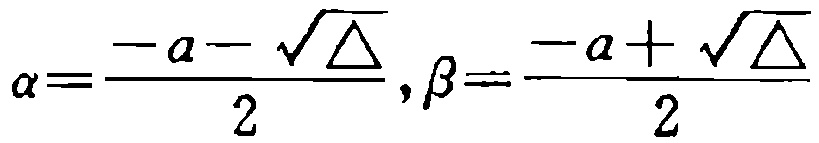
\(\alpha=\frac{-a - \sqrt{\Delta}}{2},\beta=\frac{-a + \sqrt{\Delta}}{2}\)